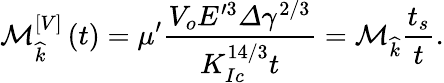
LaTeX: \mathcal{M}_{\widehat{k}}^{\left[V\right]}\left(t\right)=\mu^{\prime}\frac{V_{o}E^{\prime 3}\varDelta\gamma^{2/3}}{K_{Ic}^{14/3}t}=\mathcal{M}_{\widehat{k}}\frac{t_{s}}{t}.